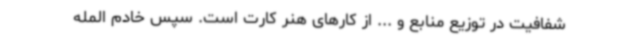
شفافیت در توزیع منابع و ... از کارهای هنر کارت است. سپس خادم المله